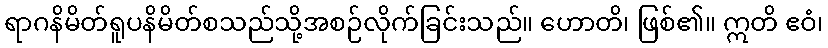
ရာဂနိမိတ်ရူပနိမိတ်စသည်သို့အစဉ်လိုက်ခြင်းသည်။ ဟောတိ၊ ဖြစ်၏။ ဣတိ ဧဝံ၊